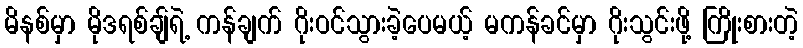
မိနစ်မှာ မိုဒရစ်ချ်ရဲ့ ကန်ချက် ဂိုးဝင်သွားခဲ့ပေမယ့် မကန်ခင်မှာ ဂိုးသွင်းဖို့ ကြိုးစားတဲ့